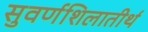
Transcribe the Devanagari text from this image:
सुवर्णशिलातीर्थ